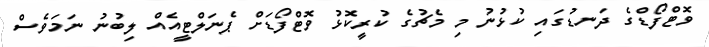
ވޮޓްފޯޑްގެ ދަނޑުގައި ކުޅުނު މި މެޗުގެ ކުރީކޮޅު ވޮޓްފޯޑަށް ޕެނަލްޓީއެއް ލިބުނު ނަމަވެސް